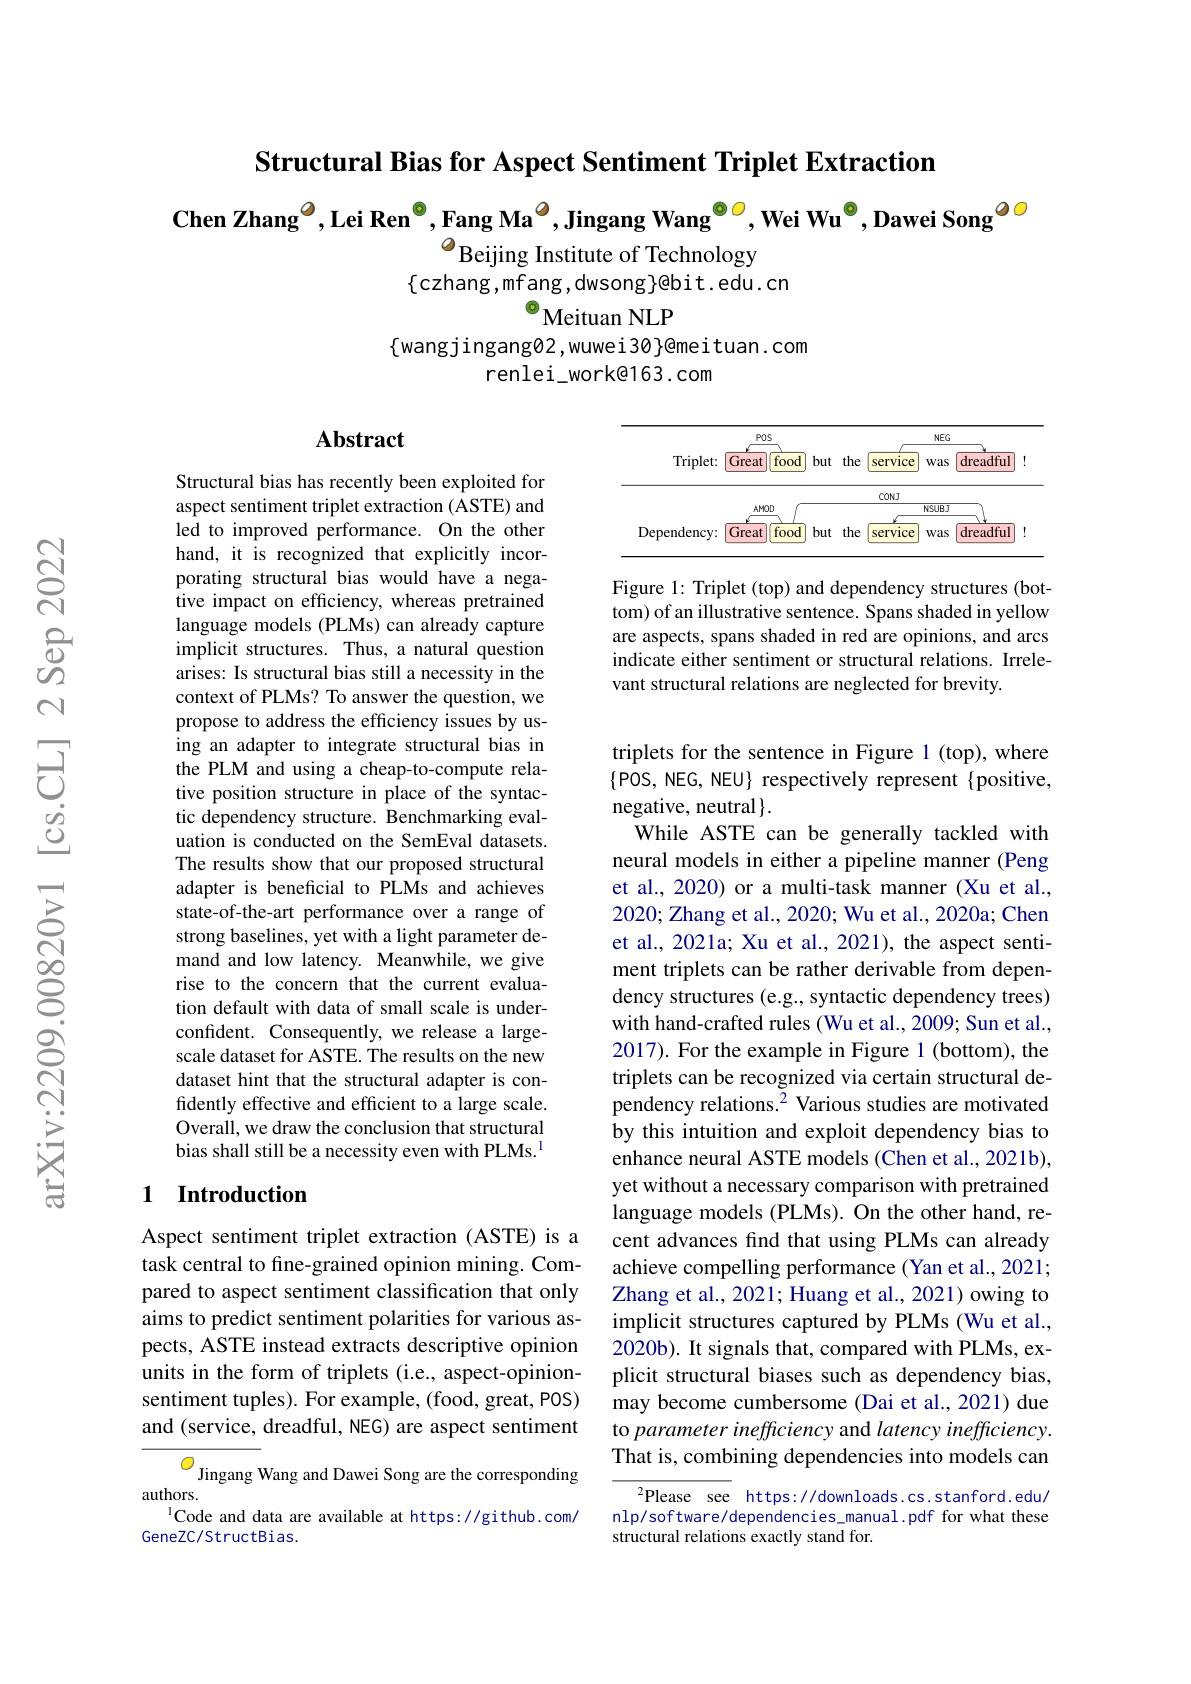
Structural Bias for Aspect Sentiment Triplet Extraction

Chen Zhang$^{\textcircled{o}}$,Lei Ren$^{\textcircled{o}}$,Fang Ma$^{\textcircled{o}}$,Jingang Wang$^{\textcircled{o}}$, Wei Wu$^{\textcircled{o}}$, Dawei Song$^{\textcircled{o}}$

$O_{\mathrm{Beijing~Institute~of~Technology}}$
$\{$czhang,mfang,dwsong$\}$@bit.edu.cn
$^{\textcircled{\mathrm{o}}}$Meituan NLP

$\{$wangjingang02,wuwei30}@{meituan.com}
renlei\_work@163.com

## $\mathbf{Abstract}$

<FigureHere>

Figure 1: Triplet (top) and dependency structures (bottom) of an illustrative sentence. Spans shaded in yellow are aspects, spans shaded in red are opinions, and arcs indicate either sentiment or structural relations. Irrelevant structural relations are neglected for brevity.

Structural bias has recently been exploited for aspect sentiment triplet extraction (ASTE) and led to improved performance. On the other hand, it is recognized that explicitly incorporating structural bias would have a negative impact on efficiency, whereas pretrained language models (PLMs) can already capture implicit structures. Thus, a natural question arises: Is structural bias still a necessity in the context of PLMs? To answer the question, we propose to address the efficiency issues by using an adapter to integrate structural bias in the PLM and using a cheap-to-compute relative position structure in place of the syntactic dependency structure. Benchmarking evaluation is conducted on the SemEval datasets. The results show that our proposed structural adapter is beneficial to PLMs and achieves state-of-the-art performance over a range of strong baselines, yet with a light parameter demand and low latency. Meanwhile, we give rise to the concern that the current evaluation default with data of small scale is underconfident. Consequently, we release a largescale dataset for ASTE. The results on the new dataset hint that the structural adapter is confidently effective and efficient to a large scale. Overall, we draw the conclusion that structural bias shall still be a necessity even with PLMs.$^{\mathrm{l}}$

triplets for the sentence in Figure 1 (top), where $\{$POS, NEG, NEU$\}$ respectively represent{positive, negative, neutral$\}.$
While ASTE can be generally tackled with neural models in either a pipeline manner (Peng et al., 2020) or a multi-task manner (Xu et al., 2020; Zhang et al., 2020; Wu et al., 2020a; Chen et al., 2021a; Xu et al., 2021), the aspect sentiment triplets can be rather derivable from dependency structures (e.g., syntactic dependency trees) with hand-crafted rules (Wu et al., 2009; Sun et al., 2017). For the example in Figure 1 (bottom), the triplets can be recognized via certain structural dependency relations.$^{2}$ Various studies are motivated by this intuition and exploit dependency bias to enhance neural ASTE models (Chen et al., 2021b), yet without a necessary comparison with pretrained language models (PLMs). On the other hand, recent advances find that using PLMs can already achieve compelling performance (Yan et al., 2021; Zhang et al., 2021; Huang et al., 2021) owing to implicit structures captured by PLMs (Wu et al., 2020b). It signals that, compared with PLMs, explicit structural biases such as dependency bias, may become cumbersome (Dai et al., 2021) due to parameter inefficiency and latency inefficiency. That is, combining dependencies into models can
$^{2}$Please see https://downloads.cs.stanford.edu/

## 1 Introduction

Aspect sentiment triplet extraction (ASTE) is a task central to fine-grained opinion mining. Compared to aspect sentiment classification that only aims to predict sentiment polarities for various aspects, ASTE instead extracts descriptive opinion units in the form of triplets (i.e., aspect-opinionsentiment tuples). For example, (food, great, POS) and (service, dreadful, NEG) are aspect sentiment $\frac{O_{\mathrm{Jingang~Wang~and~Dawei~Song~are~the~corresponding}}}$authors.

ICode and data are available at https://github.com/
GeneZC/StructBias.

nlp/software/dependencies_manual.pdf for what these
structural relations exactly stand for.